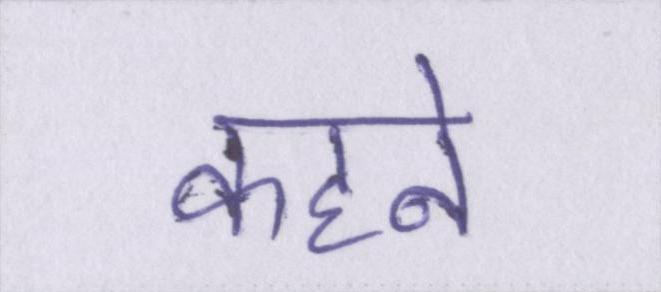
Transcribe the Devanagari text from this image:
कहने